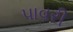
પાવરી